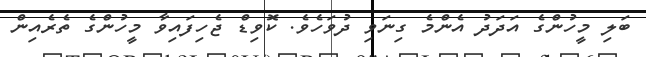
ބަލި މީހުންގެ އަދަދު އެންމެ ގިނަވި ދުވަހެވެ. ކޮވިޑް ޖެހިފައިވާ މީހުންގެ ތެރެއިން